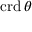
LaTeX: \operatorname { c r d } \theta